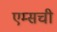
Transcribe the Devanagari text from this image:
एम्सची